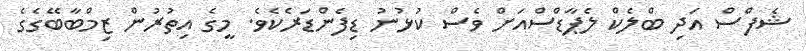
ޝެފްސް އަދި ބްލެކް ލެޕާޑްސްއަށް ވެސް ކުޅުނު ޑިފެންޑަރެކެވެ. މީގެ އިތުރުން ޒިމްބާބޭގެގެ